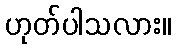
ဟုတ်ပါသလား။